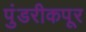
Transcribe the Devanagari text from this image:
पुंडरीकपूर